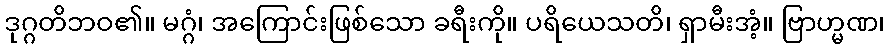
ဒုဂ္ဂတိဘဝ၏။ မဂ္ဂံ၊ အကြောင်းဖြစ်သော ခရီးကို။ ပရိယေသတိ၊ ရှာမီးအံ့။ ဗြာဟ္မဏ၊